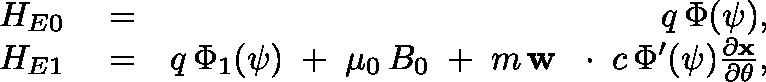
\begin{array} { r l r } { H _ { E 0 } } & { { } = } & { q \, \Phi ( \psi ) , } \\ { H _ { E 1 } } & { { } = } & { q \, \Phi _ { 1 } ( \psi ) \; + \; \mu _ { 0 } \, B _ { 0 } \; + \; m \, { \bf w } \, \mathrm { ~ \boldmath ~ \cdot ~ } \, c \, \Phi ^ { \prime } ( \psi ) \frac { \partial \bf x } { \partial \theta } , } \end{array}